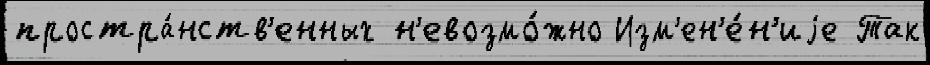
простра́нств'енных н'евозмо́жно Изм'ен'е́н'иjе Так